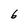
Character: 6